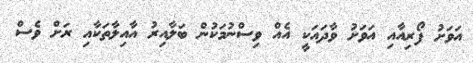
އަވަށު ފޯރިއާއި އަވަށު ވާދައަކީ އެއް ވިސްނުމަކުން ބަލާއިރު އާއިލާތަކާއި ރަށް ވެސް